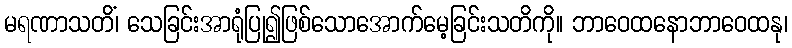
မရဏာသတိံ၊ သေခြင်းအာရုံပြု၍ဖြစ်သောအောက်မေ့ခြင်းသတိကို။ ဘာဝေထနောဘာဝေထနု၊